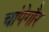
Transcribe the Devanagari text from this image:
चांपेगौर